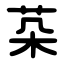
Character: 䒳